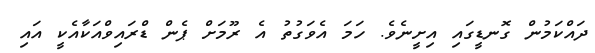
ދައްކަމުން ގޮނޑީގައި އިށީނެވެ. ހަމަ އެވަގުތު އެ ރޫމަށް ޕެން ޑްރައިވްއަކާއެކީ އައި